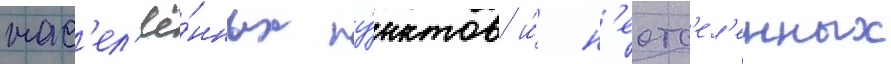
нас'ел'ё́нных пу́нктов и́ н'еотс'ел'енных